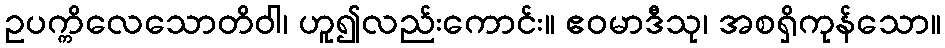
ဥပက္ကိလေသောတိဝါ၊ ဟူ၍လည်းကောင်း။ ဧဝမာဒီသု၊ အစရှိကုန်သော။